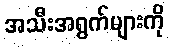
အသီးအရွက်များကို